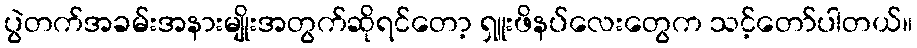
ပွဲတက်အခမ်းအနားမျိုးအတွက်ဆိုရင်တော့ ရှူးဖိနပ်လေးတွေက သင့်တော်ပါတယ်။